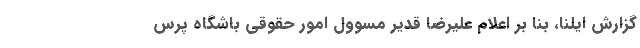
گزارش ایلنا، بنا بر اعلام علیرضا قدیر مسوول امور حقوقی باشگاه پرس